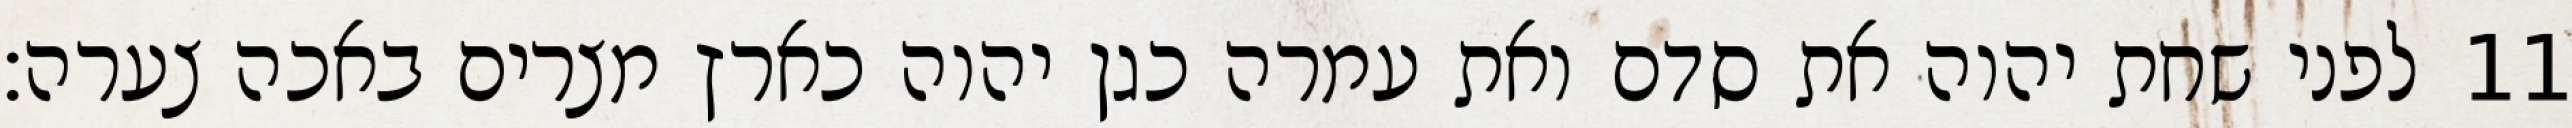
לפני שחת יהוה את סדם ואת עמרה כגן יהוה כארץ מצרים באכה צערה׃ ‎11‏